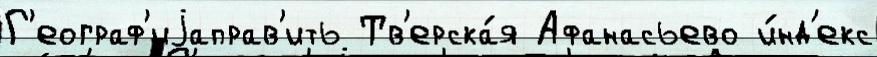
Г'еограф'иjаправ'ить Тв'ерска́я Афанасьево и́нд'екс